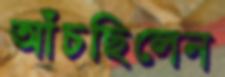
আঁচছিলেন